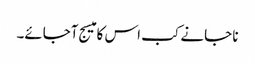
نا جانے کب اس کا میسج آجائے۔